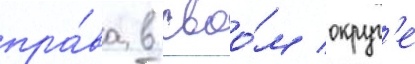
пра́ва в своо́м округ'е